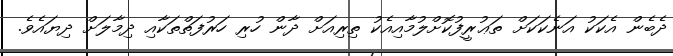
ދެބެން އެކަކު އަނެކަކަށް ތަޢުރީފުކޮށްލުމާއިއެކު ތިރިއަށް ދާން ހުރި ހަރުފަތްތަކާއި ދިމާލަށް ދިޔައެވެ.